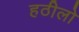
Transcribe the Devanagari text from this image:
हठीलो